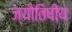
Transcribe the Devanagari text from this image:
ज्यौतिषीय